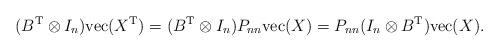
LaTeX: \begin{align*}(B^{\rm T}\otimes I_n){\rm vec}(X^{\rm T})=(B^{\rm T}\otimes I_n)P_{nn}{\rm vec}(X)=P_{nn}(I_n\otimes B^{\rm T}){\rm vec}(X).\end{align*}